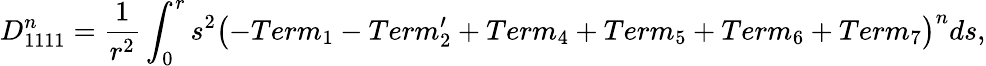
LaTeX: D_{1111}^{n}=\frac{1}{r^{2}}\int_{0}^{r}s^{2}\left(-Term_{1}-Term_{2}^{\prime}+Term_{4}+Term_{5}+Term_{6}+Term_{7}\right)^{n}ds,